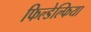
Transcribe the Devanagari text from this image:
फिल्डेल्फिया